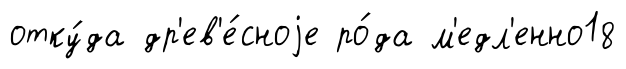
отку́да др'ев'е́сноjе ро́да м'едл'енно18